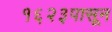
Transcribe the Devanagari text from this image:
१६२३पासून